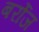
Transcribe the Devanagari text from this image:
बर्रोज